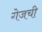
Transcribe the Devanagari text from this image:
गेजची